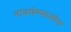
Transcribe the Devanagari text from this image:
नावघेण्याजोगा